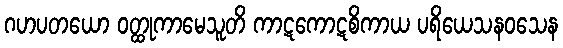
ဂဟပတယော ဝတ္ထုကာမေသူတိ ကာဋကောဋစိကာယ ပရိယေသနဝသေန